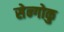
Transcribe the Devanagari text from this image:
सेन्गोकु